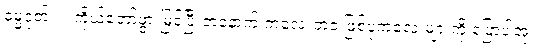
ဓမ္မဂုတ်။ ။ ကိုယ်တော်ဖွားမြင်ပြီးတဲ့နောက် ကလေးဘဝ ဖြစ်ပုံကလေးများကို ပြောပါအုံး။